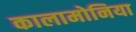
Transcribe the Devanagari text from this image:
कालामोनिया